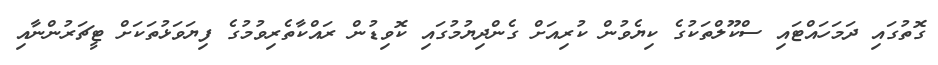
ގޮތުގައި ދަމަހައްޓައި ސްކޫލްތަކުގެ ކިޔެވުން ކުރިއަށް ގެންދިޔުމުގައި ކޮވިޑުން ރައްކާތެރިވުމުގެ ފިޔަވަޅުތަކަށް ޓީޗަރުންނާއި